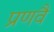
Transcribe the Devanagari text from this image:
प्रणवै